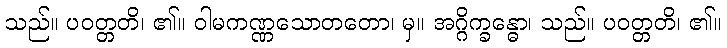
သည်။ ပဝတ္တတိ၊ ၏။ ဝါမကဏ္ဏသောတတော၊ မှ။ အဂ္ဂိက္ခန္ဓော၊ သည်။ ပဝတ္တတိ၊ ၏။